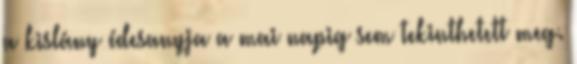
a kislány édesanyja a mai napig sem tekinthetett meg.